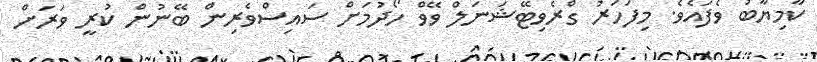
ކާމިޔާބު ވެފައެވެ. މިފަހަރު ގްރެވިޓޭޝަނަލް ވޭވް ހޯދުމަށް ސައިސްވެރިން ބޭނުން ކުރީ ވަރަށް